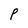
Character: P